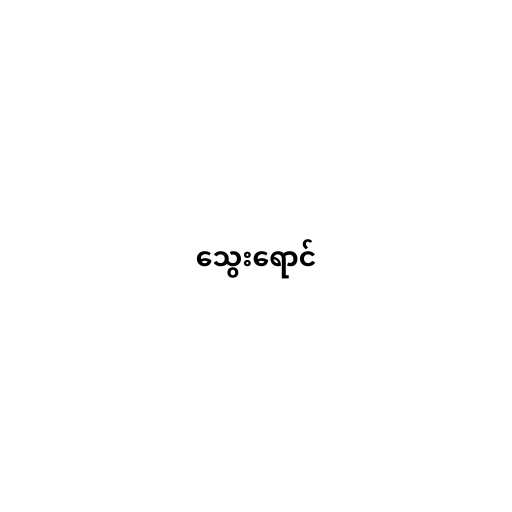
သွေးရောင်